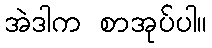
အဲဒါက စာအုပ်ပါ။